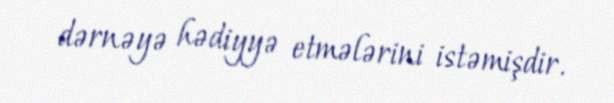
dərnəyə hədiyyə etmələrini istəmişdir.